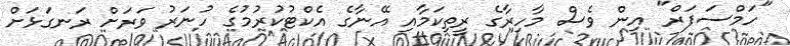
"ހަމްސަފަރް" އިން ވެސް މާހިރާގެ ރީތިކަމާއި އޭނާގެ އެކްޓުކުރުމުގެ ހުނަރު ވަރަށް ރަނގަޅަށް